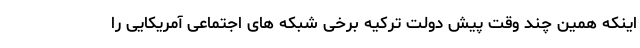
اینکه همین چند وقت پیش دولت ترکیه برخی شبکه های اجتماعی آمریکایی را